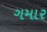
ગમાર